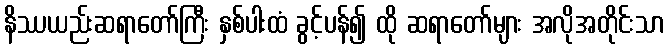
နိဿယည်းဆရာတော်ကြီး နှစ်ပါးထံ ခွင့်ပန်၍ ထို ဆရာတော်များ အလိုအတိုင်းသာ